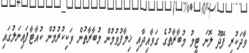
ވާދަކުރި ފޭދޫ ލޮނަ ޓީމު މުބާރާތުގެ ގަވާއިދާއި ޚިލާފުވުމުން މުބާރާތުން ވަކިކުރުމުން ކުއާޓާފައިނަލުގައި